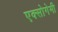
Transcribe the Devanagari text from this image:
एक्सोगेमी